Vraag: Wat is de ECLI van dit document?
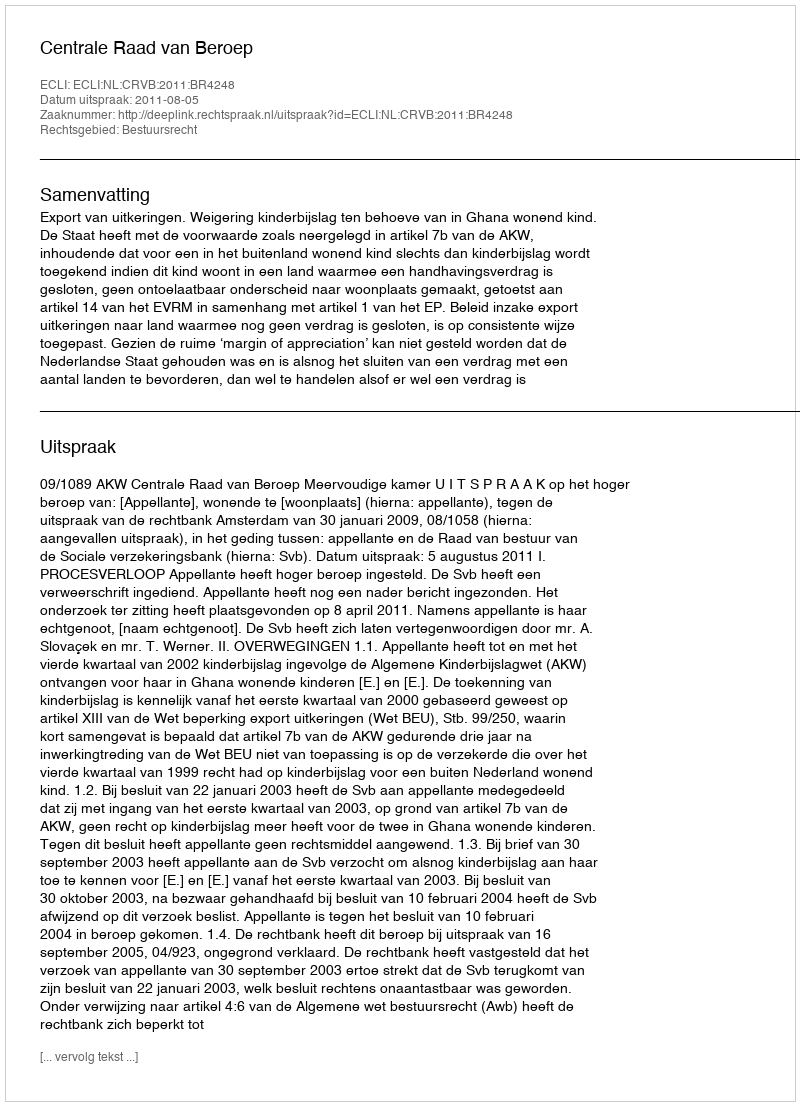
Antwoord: ECLI:NL:CRVB:2011:BR4248